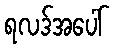
ရလဒ်အပေါ်